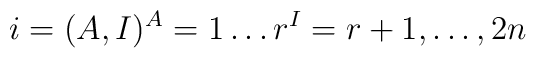
i = (A,I) \sp A = 1 \ldots  r \sp I = r+1 , \ldots , 2n